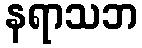
နရာသဘ